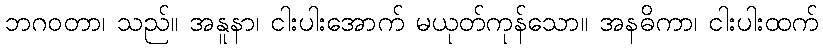
ဘဂဝတာ၊ သည်။ အနူနာ၊ ငါးပါးအောက် မယုတ်ကုန်သော။ အနဓိကာ၊ ငါးပါးထက်